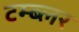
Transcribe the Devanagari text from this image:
टम्ब्लर